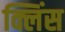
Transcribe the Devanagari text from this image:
क्लिंस